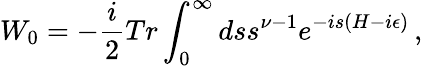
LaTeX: W_{0}=-{\frac{i}{2}}Tr\int_{0}^{\infty}dss^{\nu-1}e^{-is(H-i\epsilon)}\, ,